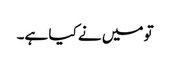
تو میں نے کیا ہے۔